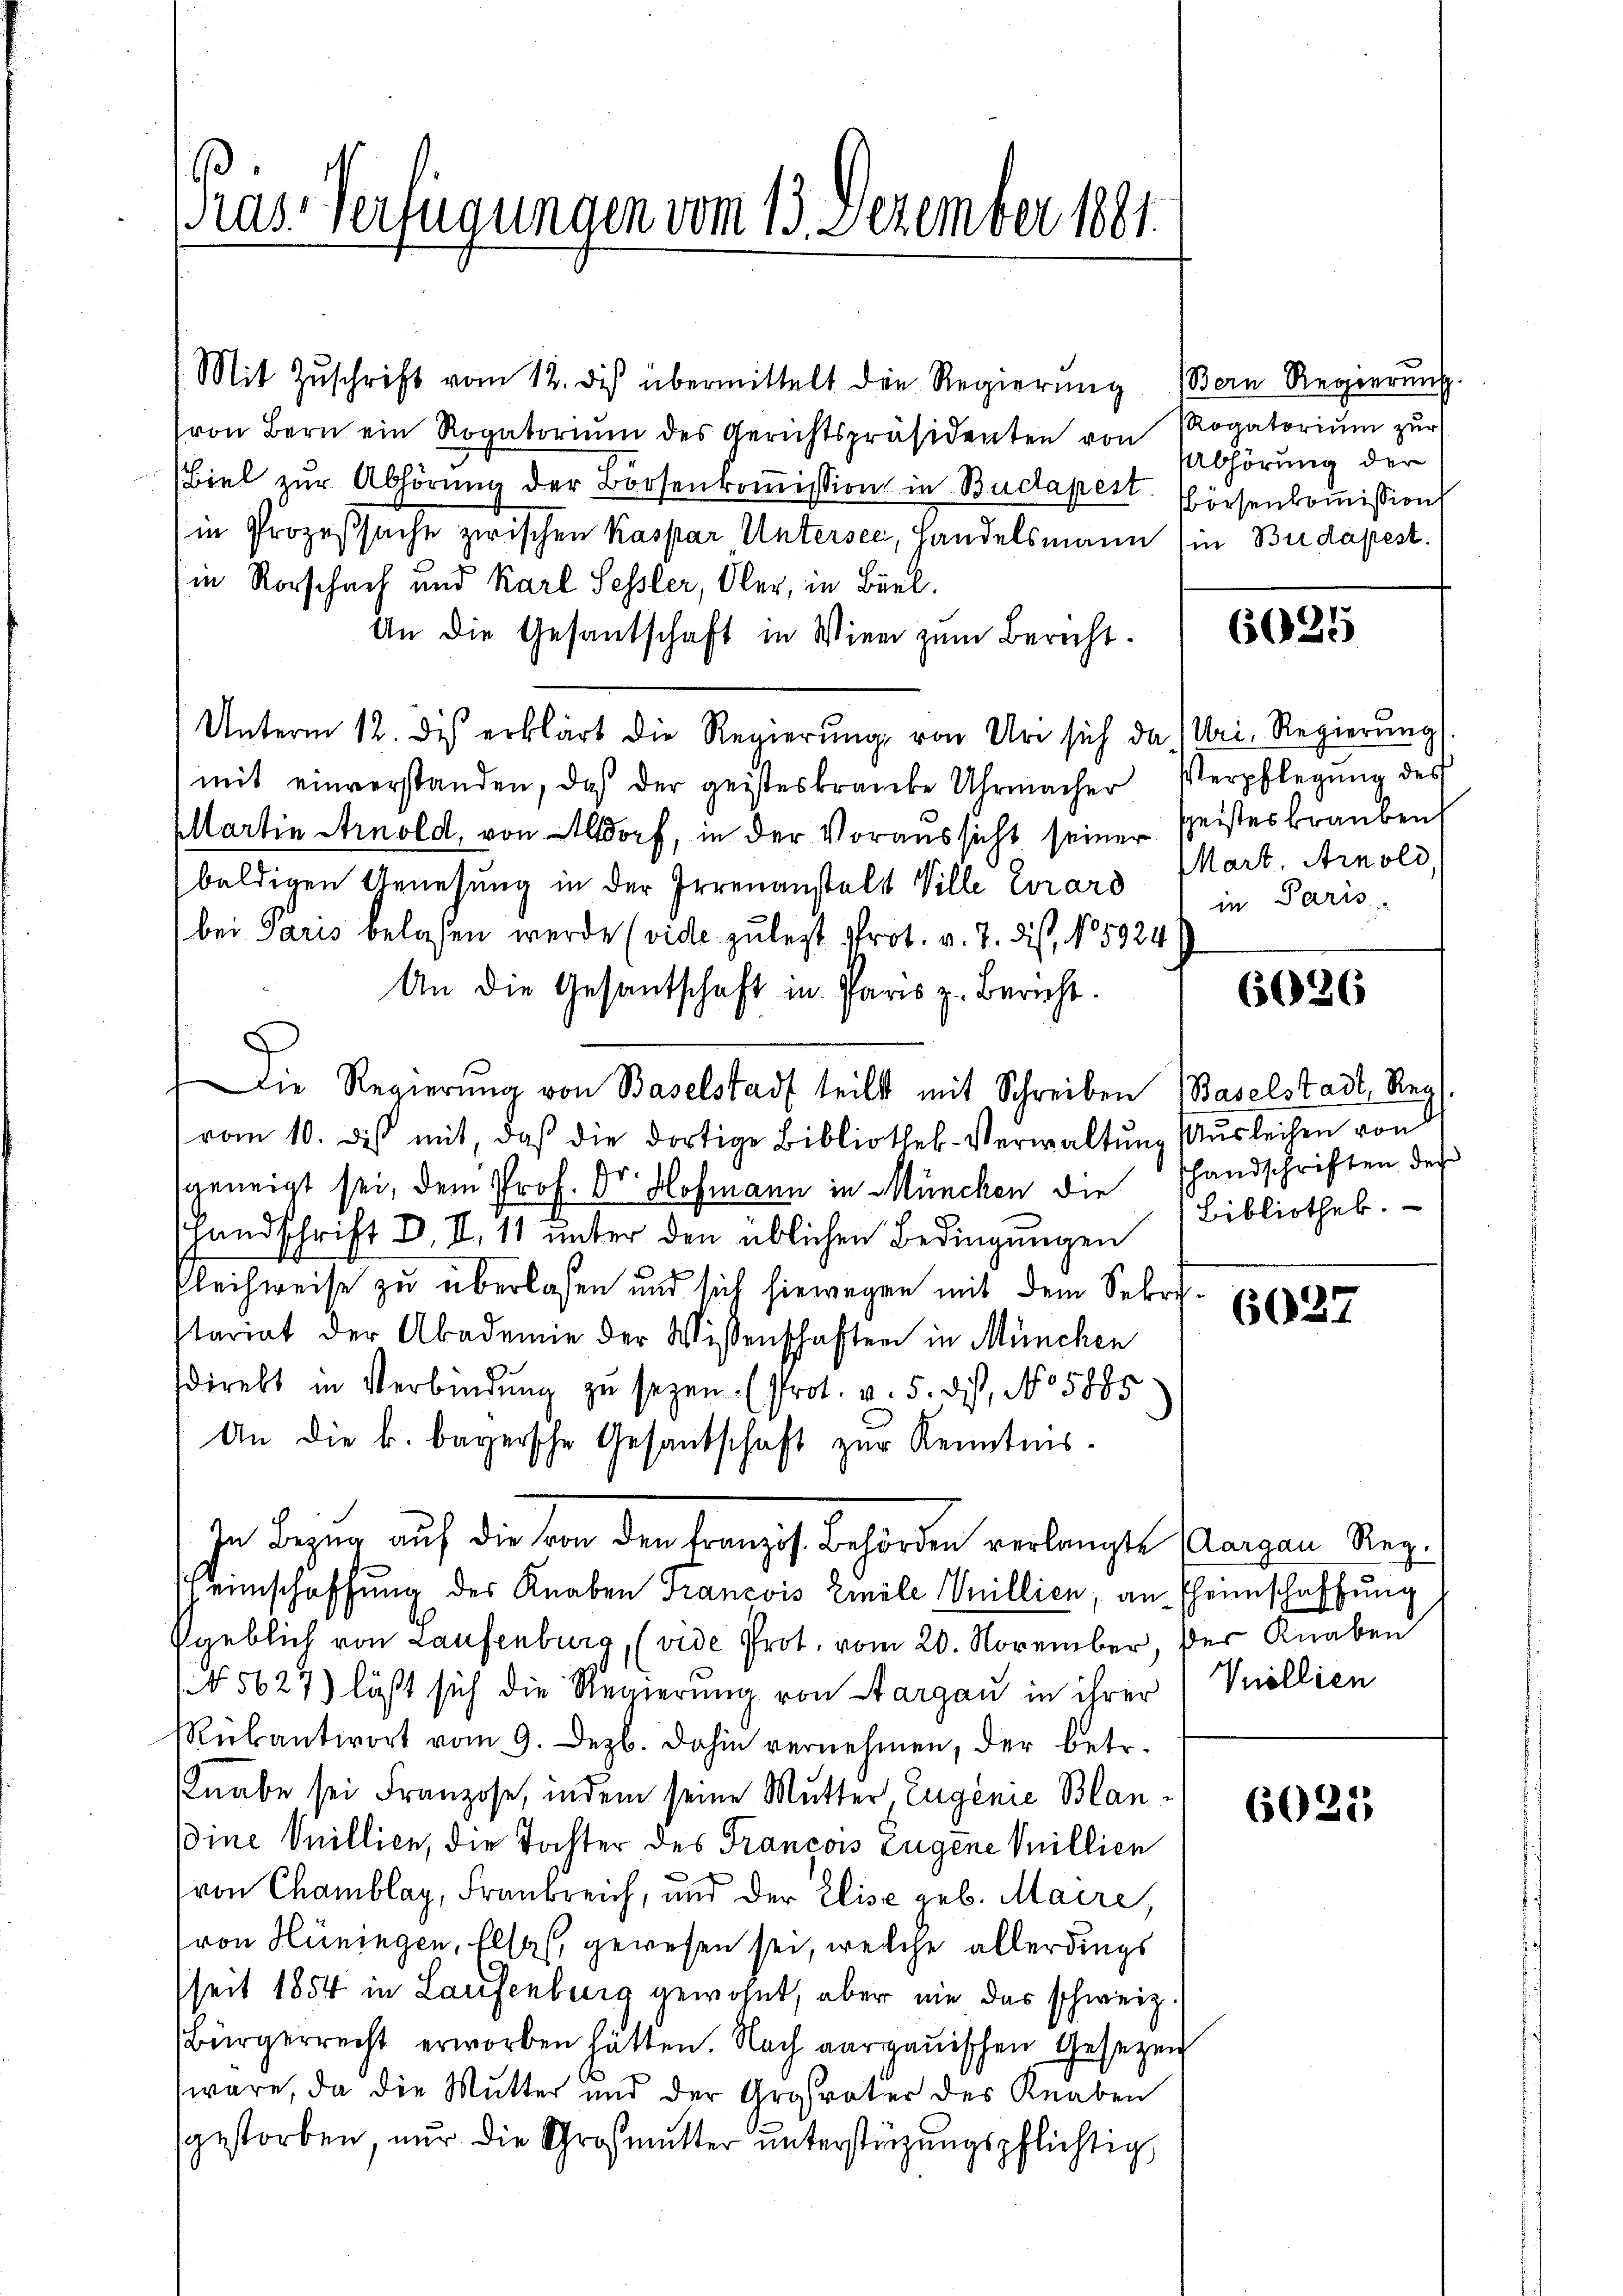
Pras-Verfügungen vom 13. Dezember 1881.

Mit Zŭschrift vom 12. des übermittelt die Regierŭng (Bern Regierŭng.
von Bern ein Rogatoriŭm des Gerichtspräsidenten von Rogatoriŭm zŭr
Biel zur Abhörung der Borsenkoṁission in Budapest. Eisenkommission
in Prozeßsache zwischen Kaspar Untersee, Handelsmann (in Budapest.
in Rorschach und Karl Sessler, Ober, in Büel¬
An die Gesantschaft in Wien zum Bericht.
Unterm 12. des erklärt die Regierŭng von Uri sich da (Uri. Regierŭng
mit einverstanden, daß der geisteskranke Uhrmacher Verpflegŭng des
Mlartin Arnold, von Altdorf, in der Voraussicht seiner Geisteskrauben
baldigen Genesung in der Irrenanstals Ville Girard
bei Paris belassen werde (vide zulezt Prot. v. 7. dis, No 5924
An die Gesantschaft in Paris z. Bericht.
Die Regierŭng von Baselstadt teilt mit Schreiben (Baselstadt, Reg
vom 10. des mit, daß die dortige Bibliothek-Verwaltung (Ausleihen von
geneigt sei, dem Prof. Dr. Hofmann in München die handschriften des
Handschrift d. V. 11 unter den üblichen Bedingungen
Fleichweise zu überlassen und sich hiewegen mit dem Sebri
stariat der Akademie der Wissenschaften in München
direkt in Verbindung zu seyen. (Prot. v. 5. dis, No 5885
An die k. bayersche Gesandschaft zur Kenntnis-
In Bezug auf die von den Französ. Behörden verlangt Aargau, Regeinschaffung des Knaben Francois Emile Millien, an Theimschaffung
sgeblich von Laufenburg, (vide Prot. vom 20. November, der Knaben
(5627) läßt sich die Regierung von Aargau in ihrer
Rükantwort vom 9. Dezb. dahin vernehmen, der betr.
(Knabe sei Franzose, indem seine Mutter, Eugenie Blanoine Villien, die Tochter des Francois Eugene Millien
von Chamblay, Frankreich, und der Elise geb. Maire,
ron Hüningen, Elsas, gewesen sei, welche allerdings
seit 1854 in Laufenberg gewohnt, aber nie das schweiz.
Bürgerrecht erworben hätten. Nach aargauischen Gesezen
wäre, da die Mutter und der Argsvater des Knaben
gestorben, nur die Großmutter ŭnterstützŭngspflichtig

Abhörung der

6025

Mart. Arnold
in Paris

6026

Bibliothek.

6037

Vnollien

6021